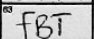
Transcription: FBT